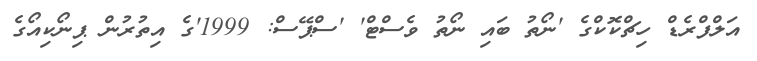
އަލްފްރެޑް ހިޗްކޮކްގެ 'ނޯތު ބައި ނޯތު ވެސްޓް' 'ސްޕޭސް: 1999'ގެ އިތުރުން ޕިނޯކިއޯގެ